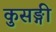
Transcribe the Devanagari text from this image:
कुसङ्गी